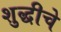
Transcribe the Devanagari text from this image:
शुद्धीचे